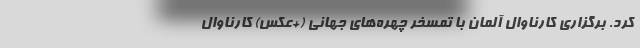
کرد. برگزاری کارناوال آلمان با تمسخر چهره‌های جهانی (+عکس) کارناوال